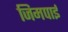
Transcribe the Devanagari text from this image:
जिमपाई